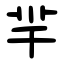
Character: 羋